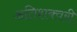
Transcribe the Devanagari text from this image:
अतिशक्वरी